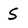
Character: S